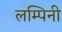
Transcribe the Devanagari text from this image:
लम्पिनी